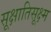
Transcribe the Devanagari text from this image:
सूक्षातिसूक्ष्म